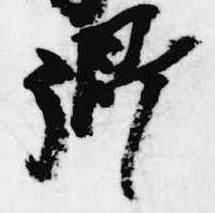
卿